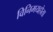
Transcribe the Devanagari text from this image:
विनिमयहोता